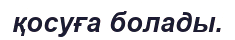
қосуға болады.